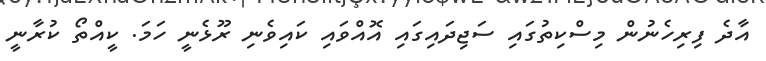
އާދެ ފިރިހެނުން މިސްކިތުގައި ސަޖިދައިގައި އޮއްވައި ކައިވެނި ރޫޅެނީ ހަމަ. ކީއްތޯ ކުރާނީ